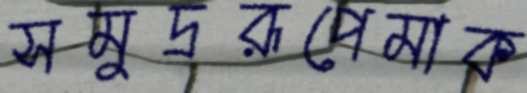
সমুদ্ররূপেমাক